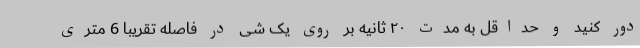
دور کنید و حداقل به مدت ۲۰ ثانیه بر روی یک شی در فاصله تقریبا 6 متری